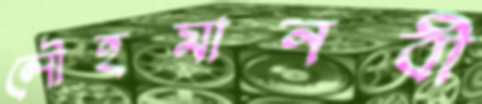
লৌহমানবী